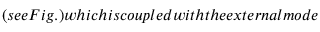
( s e e F i g . ) w h i c h i s c o u p l e d w i t h t h e e x t e r n a l m o d e